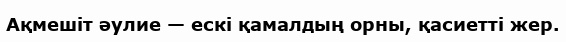
Ақмешіт әулие — ескі қамалдың орны, қасиетті жер.